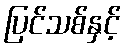
ပြင်သစ်နှင့်